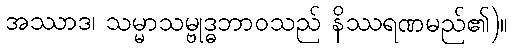
အဿာဒ၊ သမ္မာသမ္ဗုဒ္ဓဘာဝသည် နိဿရဏမည်၏)။